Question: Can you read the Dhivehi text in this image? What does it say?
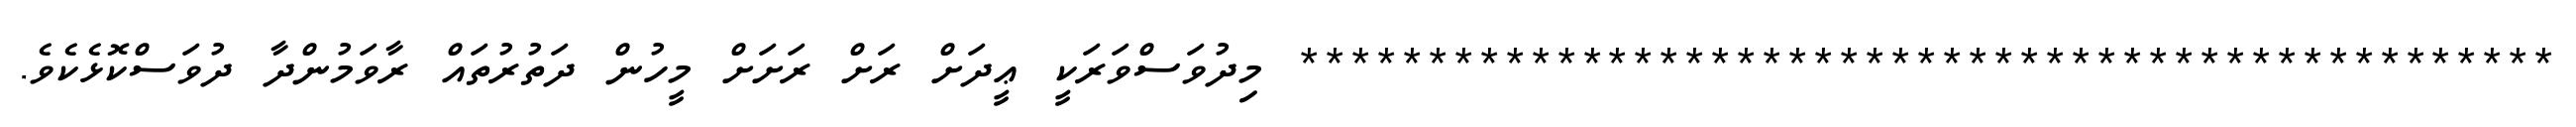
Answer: ************************************************* މިދުވަސްވަރަކީ ޢީދަށް ރަށް ރަށަށް މީހުން ދަތުރުތައް ރާވަމުންދާ ދުވަސްކޮޅެކެވެ.